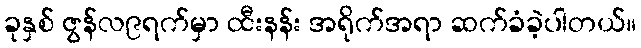
ခုနှစ် ဇွန်လ၉ရက်မှာ ထီးနန်း အရိုက်အရာ ဆက်ခံခဲ့ပါတယ်။